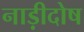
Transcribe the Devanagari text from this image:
नाड़ीदोष